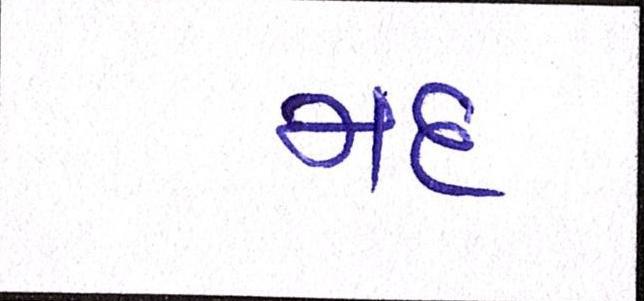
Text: મદ